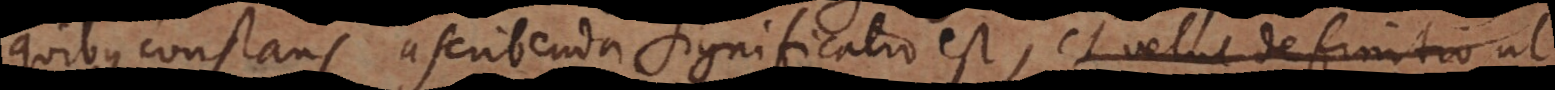
quibus constans ascribenda significatio est, et velut definitio ut